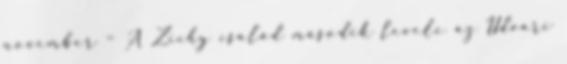
november – A Zichy család második levele az Udvari